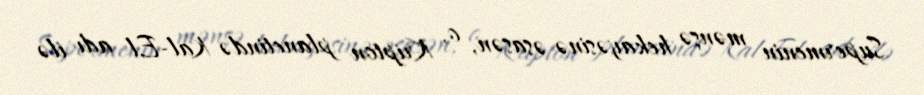
Supermenin mənşə hekayəsinə əsasən, o, Kripton planetində Kal-El adı ilə